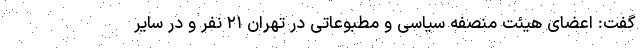
گفت: اعضای هیئت منصفه سیاسی و مطبوعاتی در تهران ۲۱ نفر و در سایر